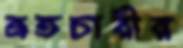
ব্রতচারীর